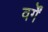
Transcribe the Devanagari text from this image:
वर्गें